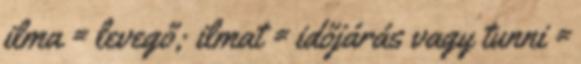
ilma = levegő; ilmat = időjárás vagy tunni =